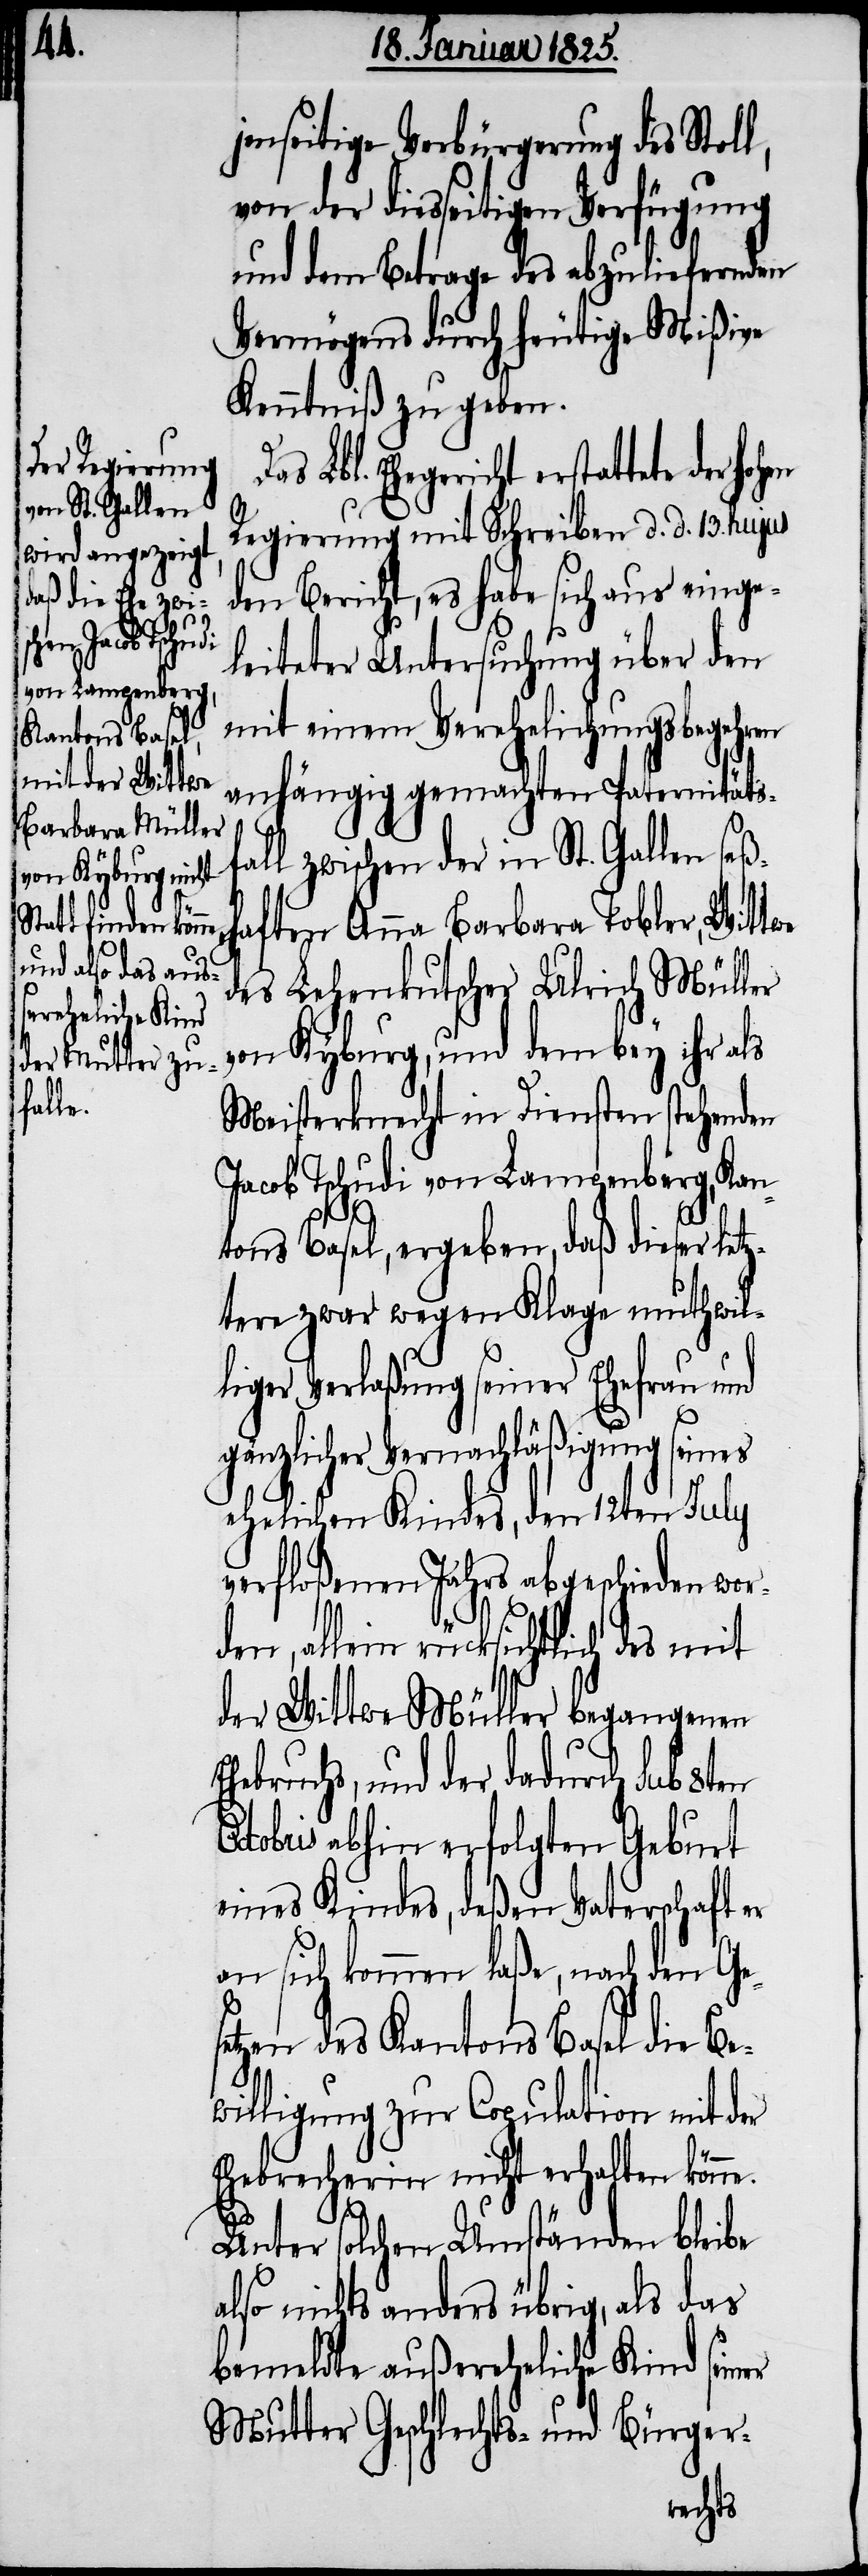
jenseitige Verbürgerung des Stoll,
von der diesseitigen Verfügung
und dem Betrage des abzuliefernden
Vermögens durch heutige Mißiven
Kenntniß zu geben.
Regierung mit Schreiben d. d. 13. hujus
den Bericht, es habe sich aus einge¬
e der hohen
leiteter Untersuchung über den
mit einem Verehelichungsbegehren
anhängig gemachten Paternitätsf¬
all zwischen der in St. Gallen
seßhaften Anna Barbara Tobler, Wittwe
des Lehenkutscher Ulrich Müller
von Kyburg, und dem bey ihr als
Meisterknecht in Diensten stehenden
Jacob Tschudi von Lampenberg, Kan¬
tons Basel, ergeben, daß dieser letz¬
tere zwar wegen Klage muthwil¬
E¬
liger Vernachläßigung seines
ehelichen Kindes, den 12ten July
verfloßenen Jahres abgeschieden wor¬
den, allein rücksichtlich des mit
der Wittwe Müller begangenen
hebruchs, und der dadurch sub 8ten
Octobris abhin erfolgten Geburt
eines Kindes, deßen Vaterschaft er
an sich kommen laße, nach den Ges¬
etzen des Kantons Basel die B¬
willigung zur Copulation mit der
Ehebrecherin nicht erhalten könn¬
e.
Unter solchen Umständen bleibe
also nichts anders übrig, als das
bemeldte außereheliche Kind seiner
Mutter Geschlechts- und Bürger-